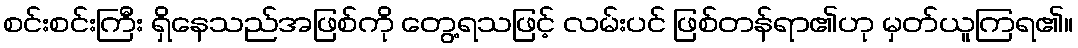
စင်းစင်းကြီး ရှိနေသည်အဖြစ်ကို တွေ့ရသဖြင့် လမ်းပင် ဖြစ်တန်ရာ၏ဟု မှတ်ယူကြရ၏။